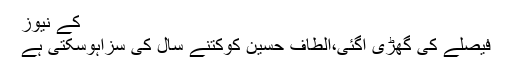
کے نیوز
فیصلے کی گھڑی آگئی،الطاف حسین کوکتنے سال کی سزاہوسکتی ہے